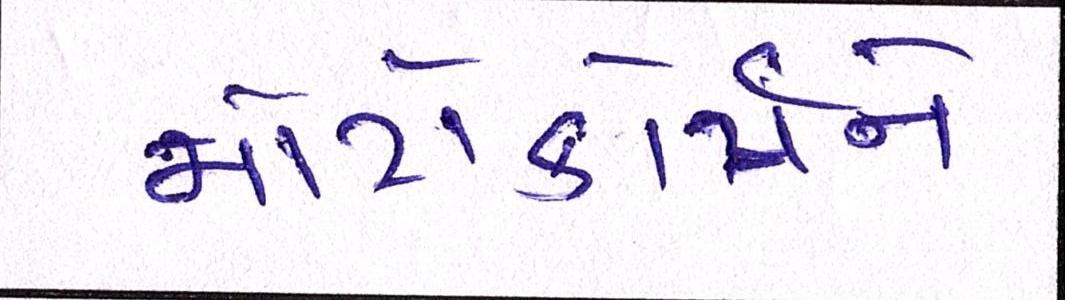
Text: મોટોકોર્પને